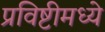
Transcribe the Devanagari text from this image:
प्रविष्टीमध्ये